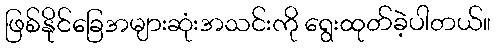
ဖြစ်နိုင်ခြေအများဆုံးအသင်းကို ရွေးထုတ်ခဲ့ပါတယ်။